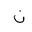
Letter: _non